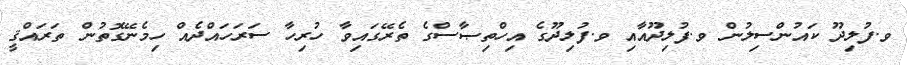
ވ.ފުލިދޫ ކައުންސިލުން ވ.ފުލިދޫއާއި ވ.ފުލިދޫގެ އިހްތިޞާސްގެ ތެރޭގައިވާ ހުރިހާ ސަރަހައްދެއް ހިމެނޭގޮތުން ތަރައްޤީ